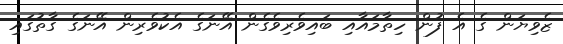
ޒެވިޔަން ގެ އެ ފުން ހިތާމައާއި ބައިވެރިވެގެން އޭނަގެ އެކުވެރިން އޭނަގެ ގާތުގައި